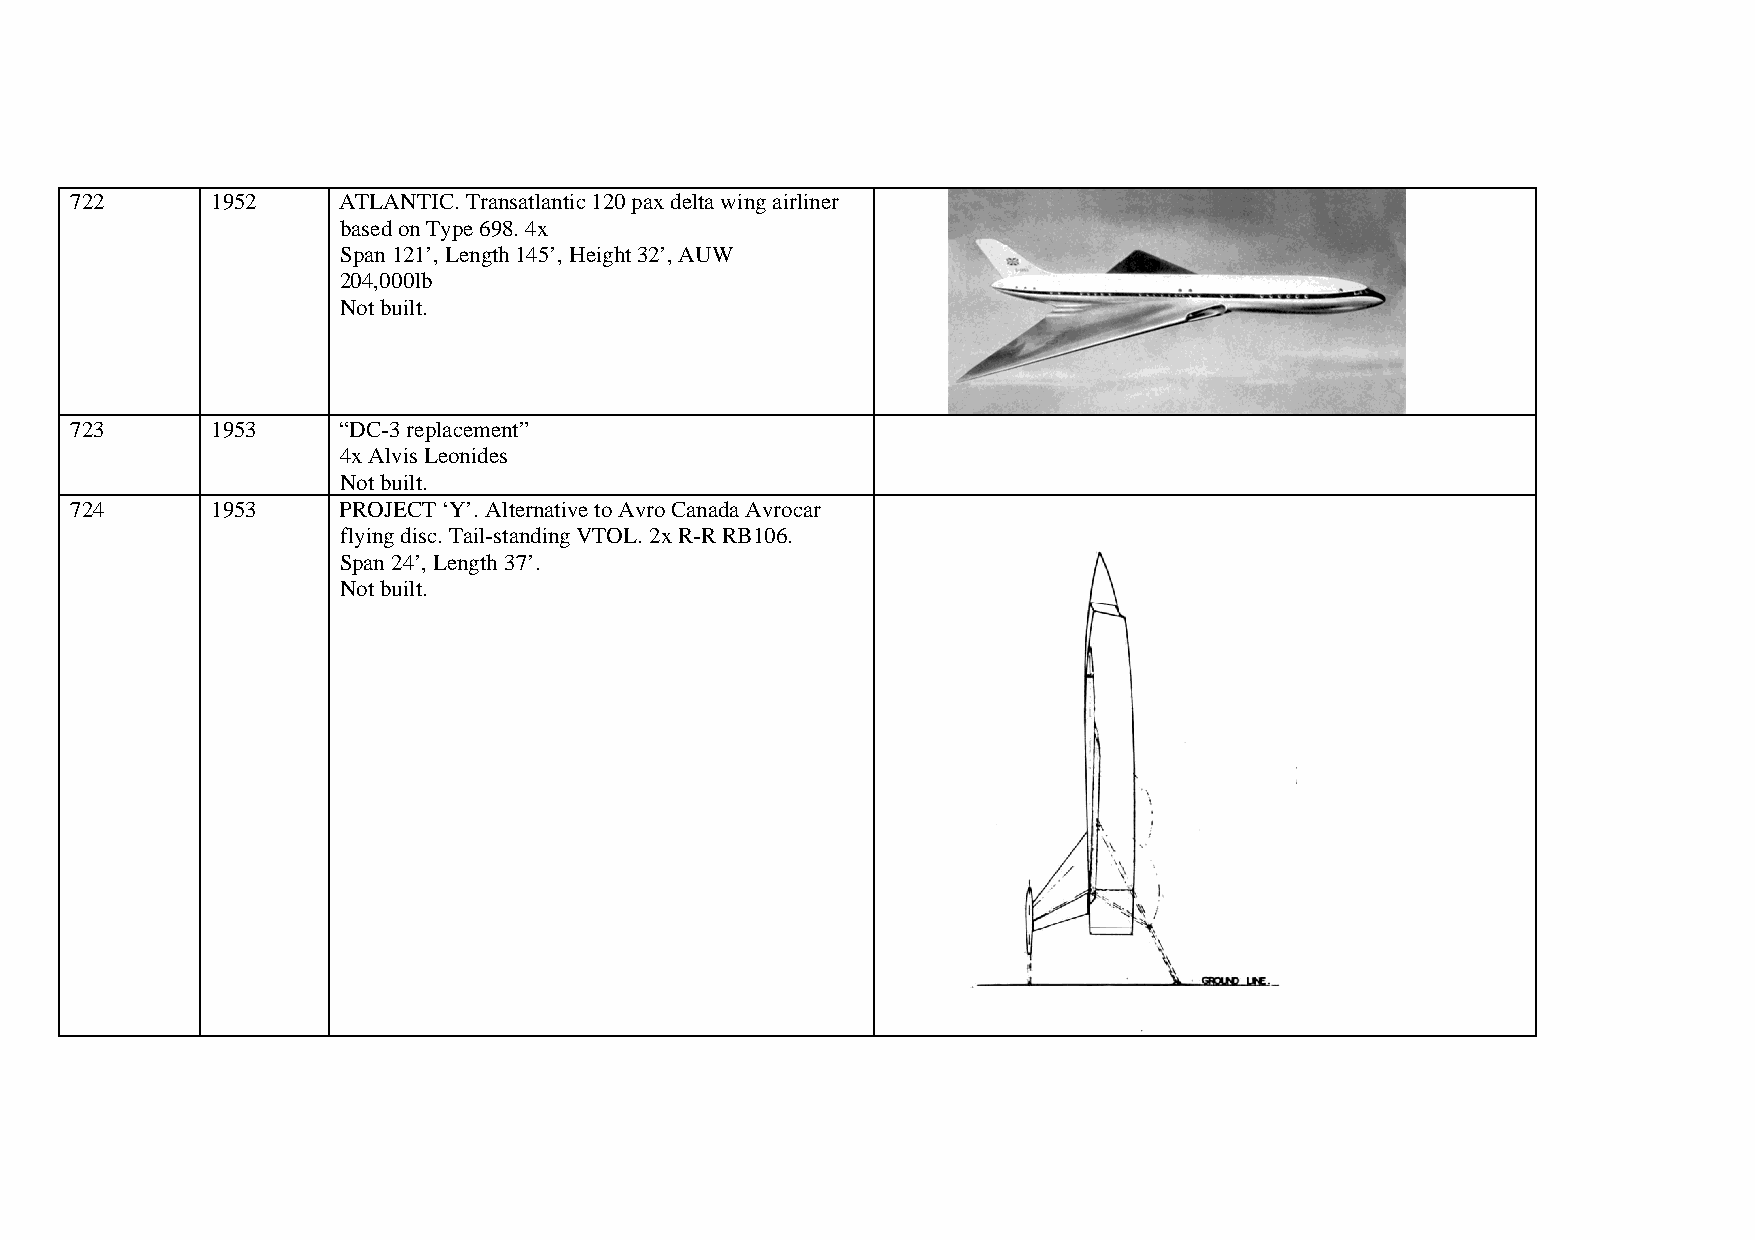
722      1952    ATLANTIC. Transatlantic 120 pax delta wing airliner
 based on Type 698. 4x
 Span 121’, Length 145’, Height 32’, AUW
 204,000lb
 Not built.
 723      1953    “DC-3 replacement”
 4x Alvis Leonides
 Not built.
 724      1953    PROJECT ‘Y’. Alternative to Avro Canada Avrocar
 flying disc. Tail-standing VTOL. 2x R-R RB106.
 Span 24’, Length 37’.
 Not built.